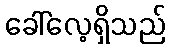
ခေါ်လေ့ရှိသည်